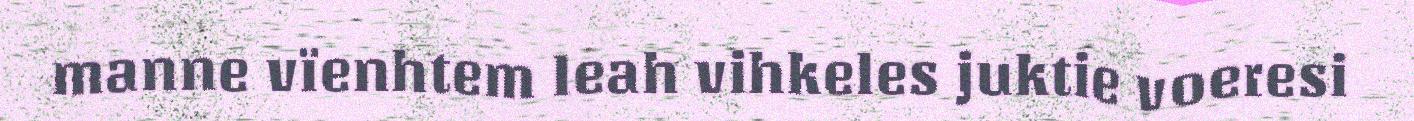
manne vïenhtem leah vihkeles juktie voeresi